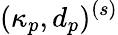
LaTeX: (\kappa_{p},d_{p})^{(s)}